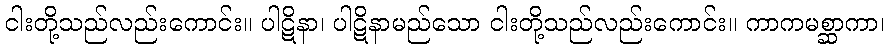
ငါးတို့သည်လည်းကောင်း။ ပါဋိနာ၊ ပါဋိနာမည်သော ငါးတို့သည်လည်းကောင်း။ ကာကမစ္ဆာကာ၊